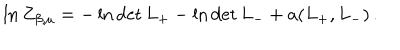
\ln Z _ { \beta , \mu } = - \ln \det L _ { + } - \ln \det L _ { - } + a ( L _ { + } , L _ { - } ) \, .